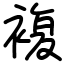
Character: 複